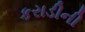
કરાડીની